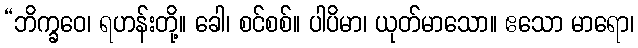
“ဘိက္ခဝေ၊ ရဟန်းတို့။ ခေါ၊ စင်စစ်။ ပါပိမာ၊ ယုတ်မာသော။ ဧသော မာရော၊